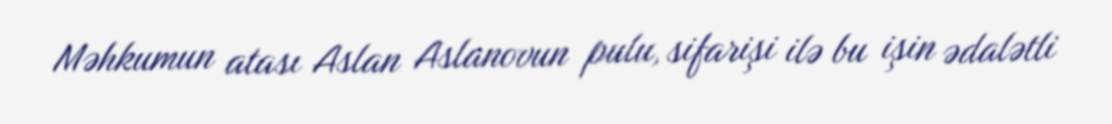
Məhkumun atası Aslan Aslanovun pulu, sifarişi ilə bu işin ədalətli